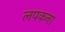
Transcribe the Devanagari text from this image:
लपकना